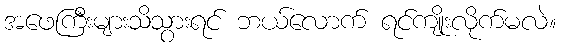
အဖေကြီးများသိသွားရင် ဘယ်လောက် ရင်ကျိုးလိုက်မလဲ။